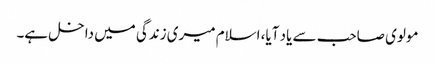
مولوی صاحب سے یاد آیا، اسلام میری زندگی میں داخل ہے۔